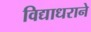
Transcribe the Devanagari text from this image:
विद्याधराने